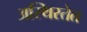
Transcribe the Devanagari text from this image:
अस्थिरतेत